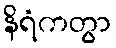
နိရံကတွာ